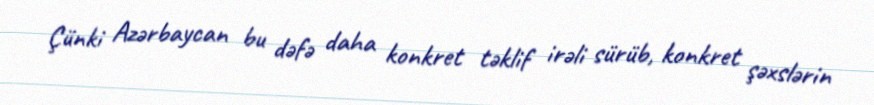
Çünki Azərbaycan bu dəfə daha konkret təklif irəli sürüb, konkret şəxslərin